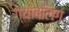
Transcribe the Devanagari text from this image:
ग्यांबलिंग